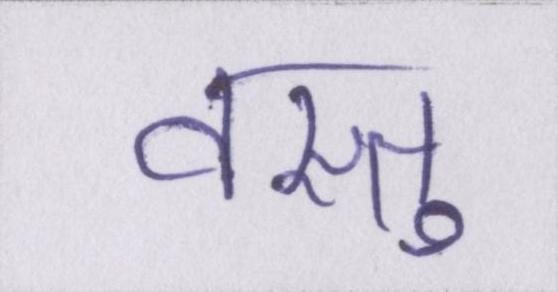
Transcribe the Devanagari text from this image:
वस्तु